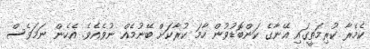
ކެމެރާ ކުރިމަތީގައި އޭނާގެ ކަންބޮޑުވުން ހާމަ ކުރާކަށް ބޭނުމެއް ނުވެއެވެ. އެހެން ނަމަވެސް